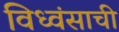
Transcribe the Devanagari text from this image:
विध्वंसाची